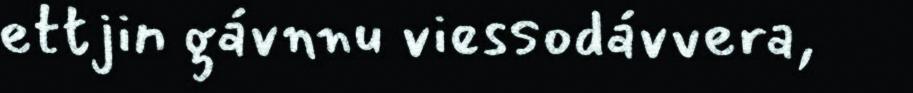
ettjin gávnnu viessodávvera,